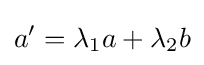
a'=\lambda _{1}a+\lambda _{2}b